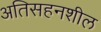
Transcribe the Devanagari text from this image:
अतिसहनशील